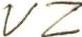
VZ